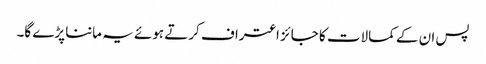
پس ان کے کمالات کا جائز اعتراف کرتے ہوئے یہ ماننا پڑے گا۔